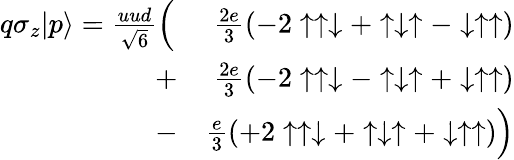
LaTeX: \begin{array}{rlr}{q\sigma_{z}|p\rangle={\frac{uud}{\sqrt{6}}}\Big(\! \! \! \! \! \! \! \! \! \! }&{}&{{\frac{2e}{3}}(-2\uparrow\uparrow\downarrow+\uparrow\downarrow\uparrow-\downarrow\uparrow\uparrow)}\\ &{+}&{{\frac{2e}{3}}(-2\uparrow\uparrow\downarrow-\uparrow\downarrow\uparrow+\downarrow\uparrow\uparrow)}\\ &{-}&{{\frac{e}{3}}(+2\uparrow\uparrow\downarrow+\uparrow\downarrow\uparrow+\downarrow\uparrow\uparrow)\Big)}\end{array}